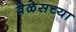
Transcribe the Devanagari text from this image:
वेळेसच्या